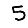
Digit: 5